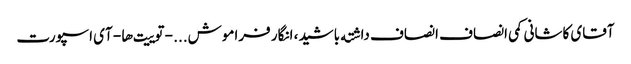
آقای کاشانی کمی انصاف انصاف داشته باشید، انگار فراموش... - توییت‌ها - آی اسپورت